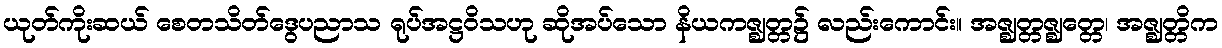
ယုတ်ကိုးဆယ် စေတသိတ်ဒွေပညာသ ရုပ်အဋ္ဌဝိသဟု ဆိုအပ်သော နိယကဇ္ဈတ္တ၌ လည်းကောင်း။ အဇ္ဈတ္တဇ္ဈတ္တေ၊ အဇ္ဈတ္တိက